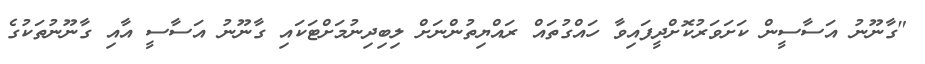
"ގާނޫނު އަސާސީން ކަށަވަރުކޮށްދީފައިވާ ހައްގުތައް ރައްޔިތުންނަށް ލިބިދިނުމަށްޓަކައި ގާނޫނު އަސާސީ އާއި ގާނޫނުތަކުގެ